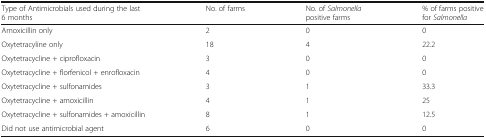
<table><thead><tr><td><b>Type of Antimicrobials used during the last 6 months</b></td><td><b>No. of farms</b></td><td><b>No. of <i>Salmonella</i> positive farms</b></td><td><b>% of farms positive for <i>Salmonella</i></b></td></tr></thead><tbody><tr><td>Amoxicillin only</td><td>2</td><td>0</td><td>0</td></tr><tr><td>Oxytetracyline only</td><td>18</td><td>4</td><td>22.2</td></tr><tr><td>Oxytetracycline + ciprofloxacin</td><td>3</td><td>0</td><td>0</td></tr><tr><td>Oxytetracycline + florfenicol + enrofloxacin</td><td>4</td><td>0</td><td>0</td></tr><tr><td>Oxytetracycline + sulfonamides</td><td>3</td><td>1</td><td>33.3</td></tr><tr><td>Oxytetracycline + amoxicillin</td><td>4</td><td>1</td><td>25</td></tr><tr><td>Oxytetracycline + sulfonamides + amoxicillin</td><td>8</td><td>1</td><td>12.5</td></tr><tr><td>Did not use antimicrobial agent</td><td>6</td><td>0</td><td>0</td></tr></tbody></table>